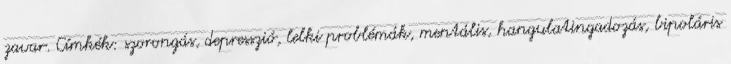
zavar. Címkék: szorongás, depresszió, lelki problémák, mentális, hangulatingadozás, bipoláris